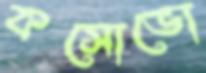
কসোভো